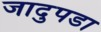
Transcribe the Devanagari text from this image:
जादुपडा